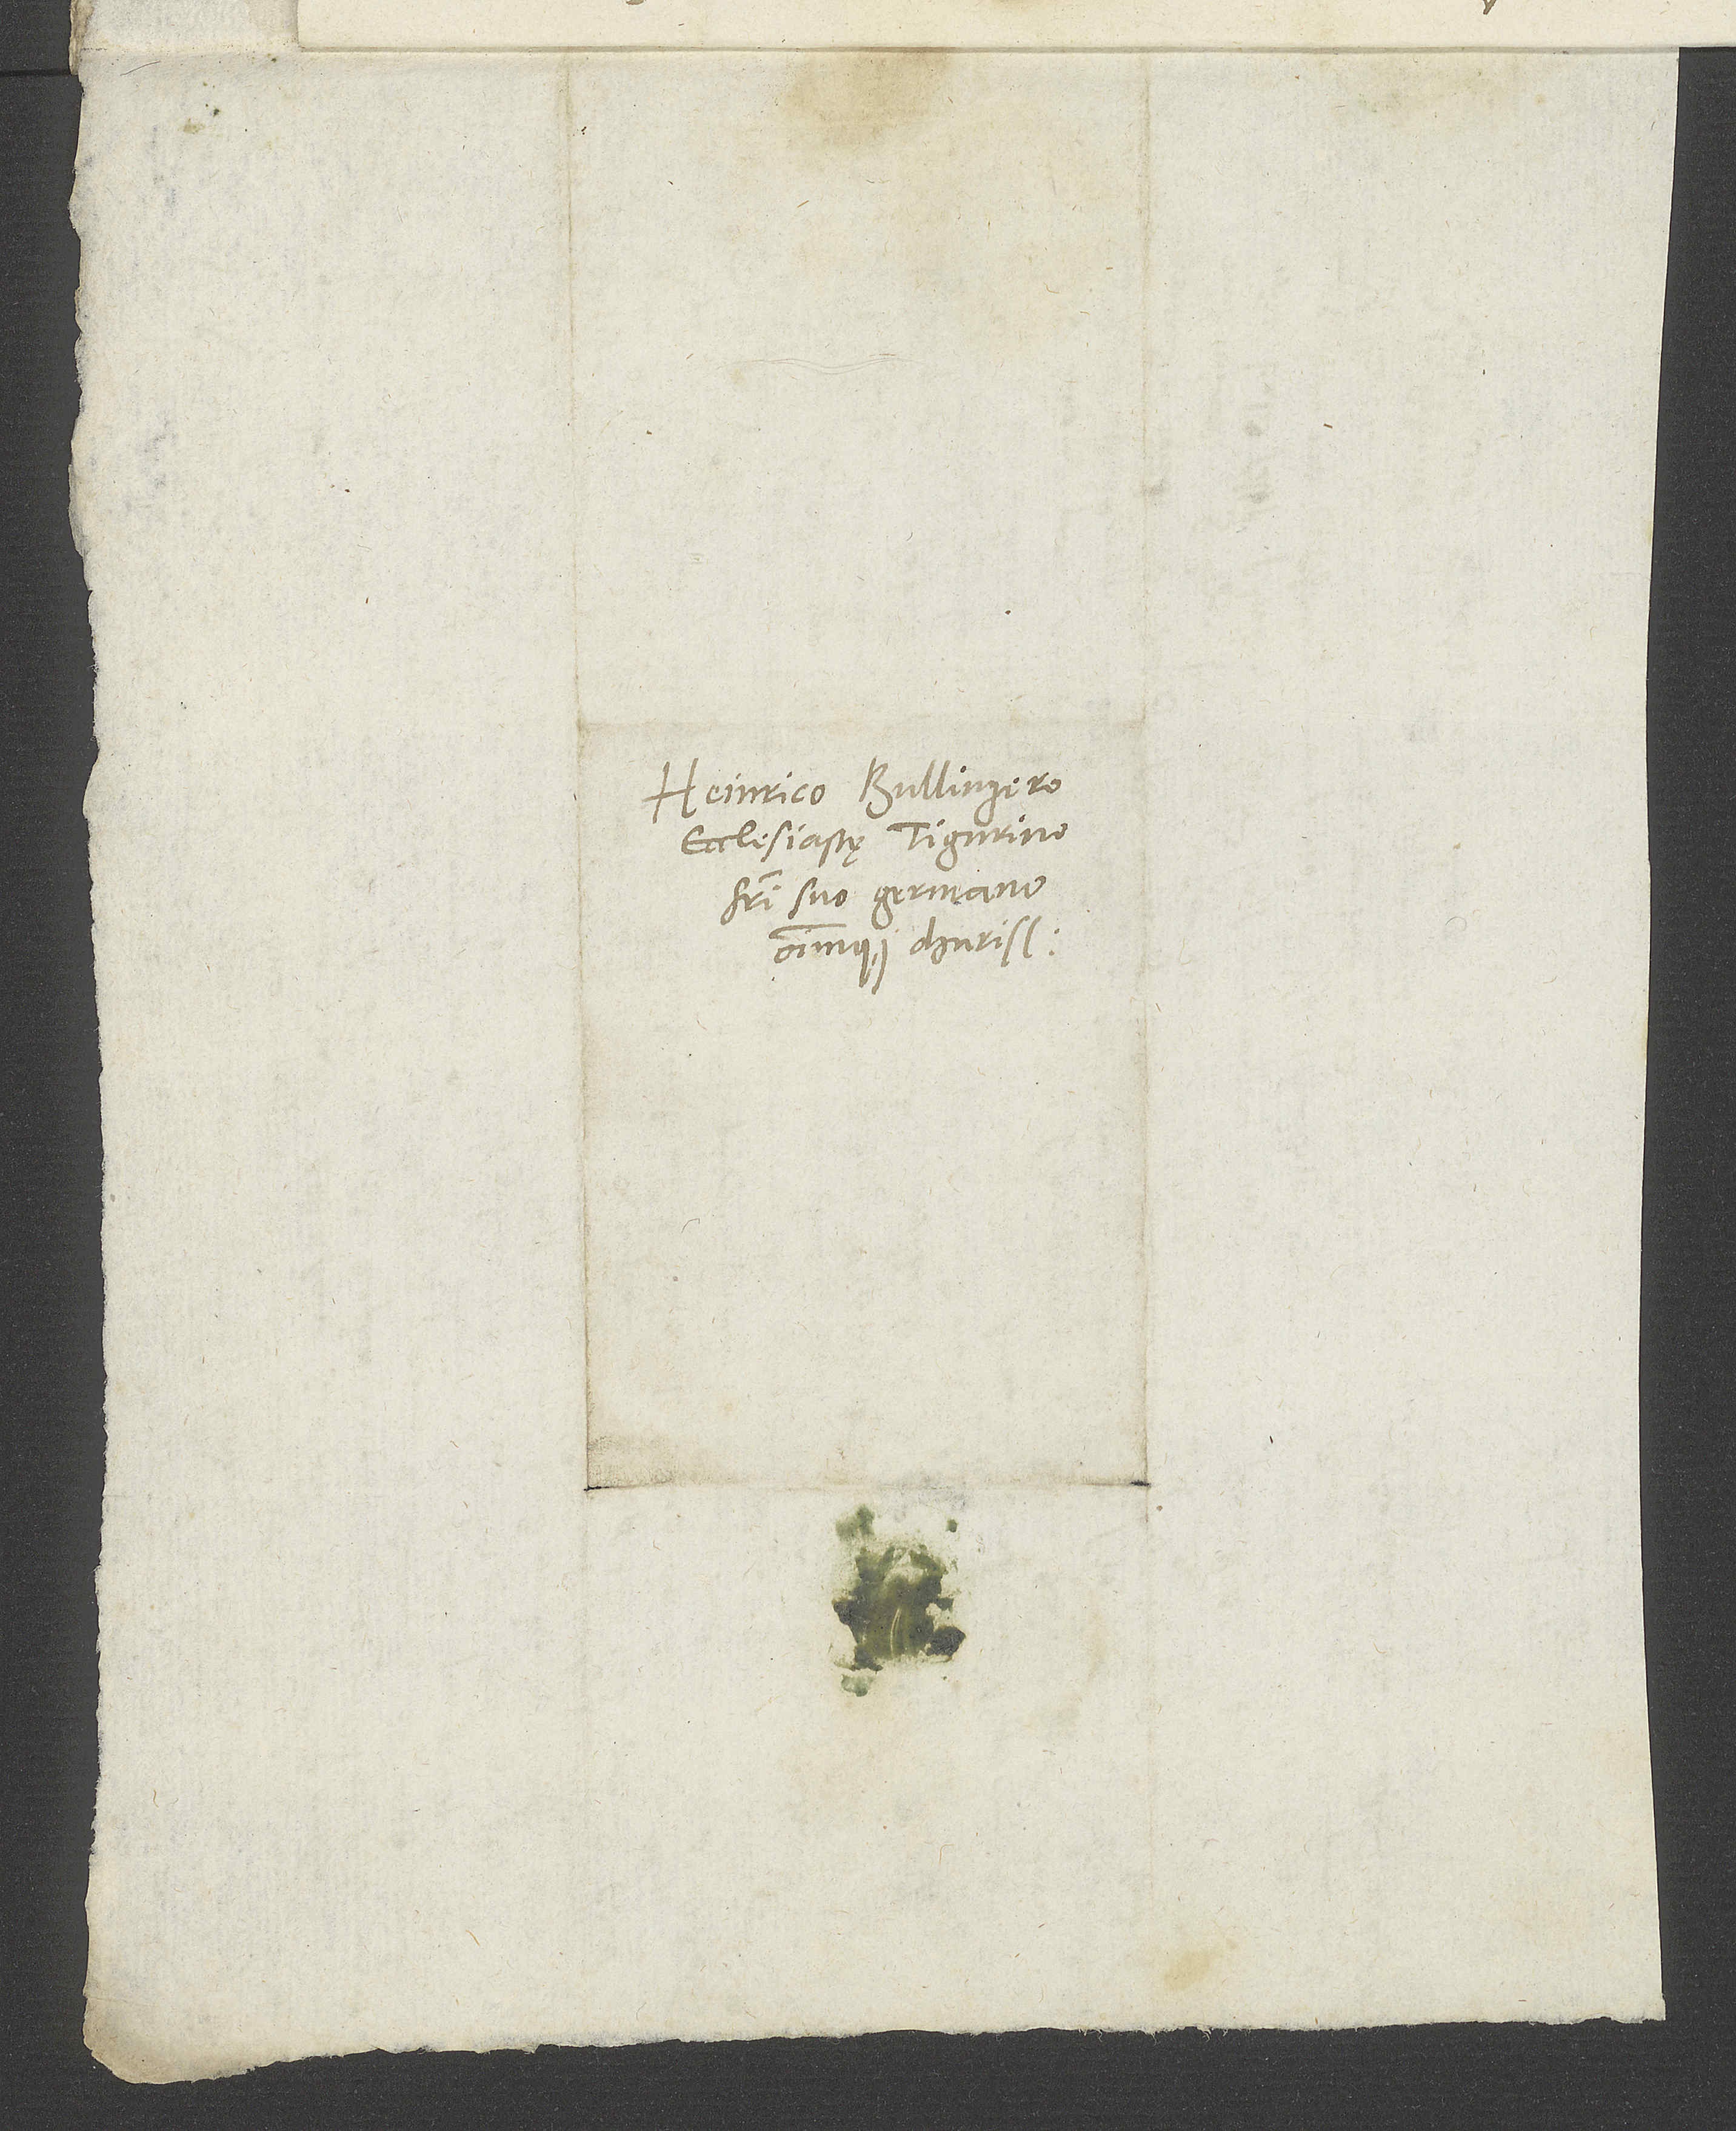
Heinrico Bullingero,
ecclesiaste Tigurino,
fratri suo germano
omniumque charissimo.

S.